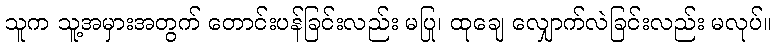
သူက သူ့အမှားအတွက် တောင်းပန်ခြင်းလည်း မပြု၊ ထုချေ လျှောက်လဲခြင်းလည်း မလုပ်။